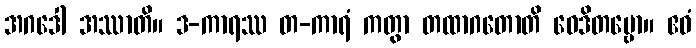
အဂဒေါ အဿာတိ။ ဒ-ကာရဿ တ-ကာရံ ကတွာ တထာဂတောတိ ဝေဒိတဗ္ဗော။ ဧဝံ